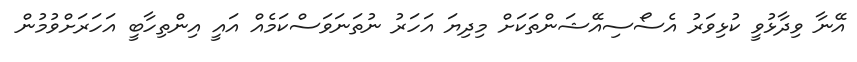
އޭނާ ވިދާޅުވީ ކުޅިވަރު އެސޯސިއޭޝަންތަކަށް މިދިޔަ އަހަރު ނުތަނަވަސްކަމެއް އައީ އިންތިހާބީ އަހަރަށްވުމުން